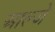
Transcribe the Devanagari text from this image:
आल्जे